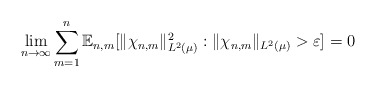
\begin{align*} \lim_{n \to \infty} \sum_{m=1}^n \mathbb{E}_{n,m}[ \|\chi_{n,m} \|_{L^2(\mu)}^2 : \|\chi_{n,m} \|_{L^2(\mu)} > \varepsilon ] = 0\end{align*}